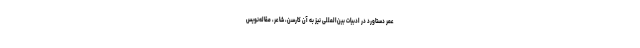
عمر دستاورد در ادبیات بین‌المللی نیز به آن کارسن، شاعر، مقاله‌نویس